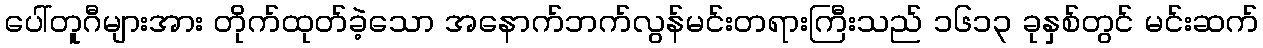
ပေါ်တူဂီများအား တိုက်ထုတ်ခဲ့သော အနောက်ဘက်လွန်မင်းတရားကြီးသည် ၁၆၁၃ ခုနှစ်တွင် မင်းဆက်